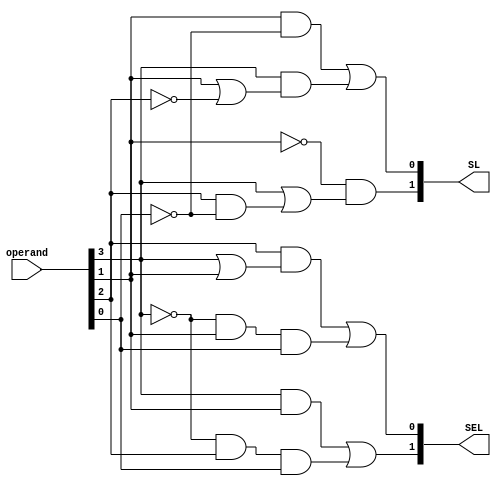
// This program was cloned from: https://github.com/iCAS-Lab/APTPU
// License: MIT License

// MIT License
// 
// Copyright (c) 2021-2024 iCAS Lab
// 
// Permission is hereby granted, free of charge, to any person obtaining a copy
// of this software and associated documentation files (the "Software"), to deal
// in the Software without restriction, including without limitation the rights
// to use, copy, modify, merge, publish, distribute, sublicense, and/or sell
// copies of the Software, and to permit persons to whom the Software is
// furnished to do so, subject to the following conditions:
// 
// The above copyright notice and this permission notice shall be included in all
// copies or substantial portions of the Software.
// 
// THE SOFTWARE IS PROVIDED "AS IS", WITHOUT WARRANTY OF ANY KIND, EXPRESS OR
// IMPLIED, INCLUDING BUT NOT LIMITED TO THE WARRANTIES OF MERCHANTABILITY,
// FITNESS FOR A PARTICULAR PURPOSE AND NONINFRINGEMENT. IN NO EVENT SHALL THE
// AUTHORS OR COPYRIGHT HOLDERS BE LIABLE FOR ANY CLAIM, DAMAGES OR OTHER
// LIABILITY, WHETHER IN AN ACTION OF CONTRACT, TORT OR OTHERWISE, ARISING FROM,
// OUT OF OR IN CONNECTION WITH THE SOFTWARE OR THE USE OR OTHER DEALINGS IN THE
// SOFTWARE.

// Company: iCAS Lab, University of South Carolina
// Design Name: 
// Module Name: control_unit
// Project Name: 
// Target Devices: 
// Tool Versions: 
// Description: 
// 
// Dependencies: 
// 
// Revision:
// Revision 0.01 - File Created
// Additional Comments:
// 
//////////////////////////////////////////////////////////////////////////////////


`timescale 1ns / 1ps

module control_unit #(parameter LOG2_WIDTH = 3, 
                      parameter WIDTH = 2**LOG2_WIDTH, 
					  parameter LOG2_NIBBLE_WIDTH = 2, 
					  parameter NIBBLE_WIDTH = 2**LOG2_NIBBLE_WIDTH
					  )
(
input	wire	[NIBBLE_WIDTH-1:0]			operand, // Nibble (4 bits)
output	wire	[LOG2_NIBBLE_WIDTH-1:0]		SEL, // Alphapet selection,
output	wire	[LOG2_NIBBLE_WIDTH-1:0]		SL	// Shift left value
);

assign	SEL[LOG2_NIBBLE_WIDTH-1] = (operand[3] & operand[1])                 | (~operand[3] & operand[2] & operand[0]) ;
assign	SEL[LOG2_NIBBLE_WIDTH-2] = (operand[2] & (operand[3] | operand[1] )) | (~operand[3] & operand[1] & operand[0]) ;

assign	SL[LOG2_NIBBLE_WIDTH-1] = ~operand[1] & (operand[3]  | (operand[2] & ~operand[0])) ; 
assign	SL[LOG2_NIBBLE_WIDTH-2] = (operand[1] & ~operand[0]) | (operand[3] & (operand[1] | ~operand[2])) ;
endmodule